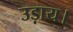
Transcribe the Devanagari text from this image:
उड़ाय।